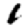
Digit: 1